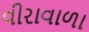
વીરાવાળા